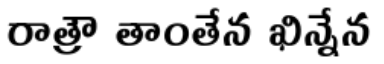
రాత్రౌ తాంతేన ఖిన్నేన